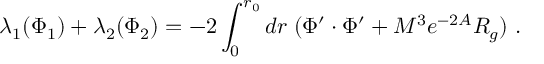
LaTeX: \lambda _ { 1 } ( \Phi _ { 1 } ) + \lambda _ { 2 } ( \Phi _ { 2 } ) = - 2 \int _ { 0 } ^ { r _ { 0 } } d r \; ( \Phi ^ { \prime } \cdot \Phi ^ { \prime } + M ^ { 3 } e ^ { - 2 A } R _ { g } ) ~ .